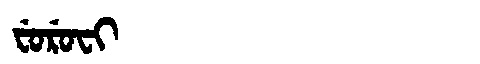
Manchu: ᠸᡠᡵᡠᠸᡳ
Romanization: FURUFI